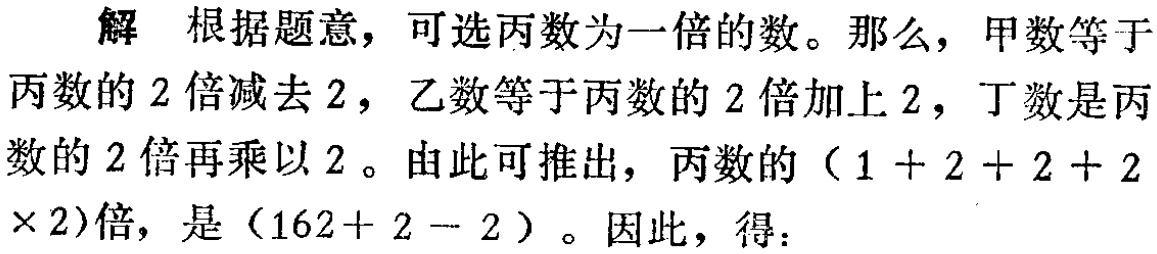
解 根据题意，可选丙数为一倍的数。那么，甲数等于丙数的$2$倍减去$2$，乙数等于丙数的$2$倍加上$2$，丁数是丙数的$2$倍再乘以$2$。由此可推出，丙数的（$1 + 2 + 2 + 2\times 2$）倍，是（$162+ 2 - 2$）。因此，得：